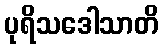
ပုရိသဒေါသာတိ